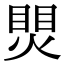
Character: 煛